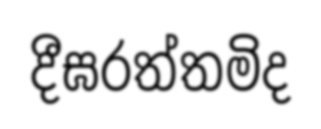
දීඝරත්තමිද